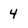
Character: 4